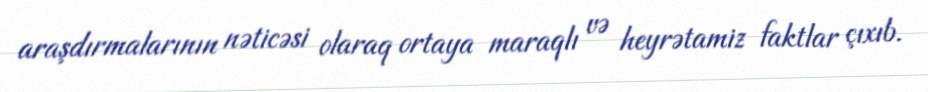
araşdırmalarının nəticəsi olaraq ortaya maraqlı və heyrətamiz faktlar çıxıb.